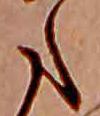
た